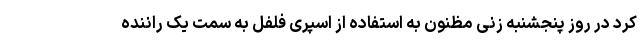
کرد در روز پنجشنبه زنی مظنون به استفاده از اسپری فلفل به سمت یک راننده